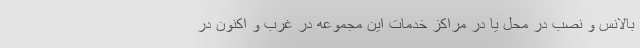
بالانس و نصب در محل یا در مراکز خدمات این مجموعه در غرب و اکنون در